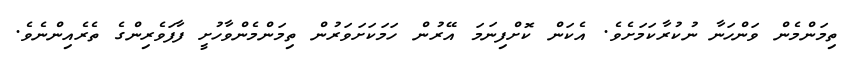
ތިމަންމެން ވަންހަނާ ނުކުރާކަމަށެވެ. އެކަން ކޮށްފިނަމަ އޭރުން ހަމަކަށަވަރުން ތިމަންމެންވާހުށީ ފާފަވެރިންގެ ތެރެއިންނެވެ.